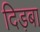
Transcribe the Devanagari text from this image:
दिड़बा